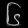
Digit: ၆